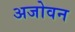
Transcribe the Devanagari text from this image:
अजोवन